Madras plague regulations in force outside the Presidency town - Volume 3
Disease focus: Plague
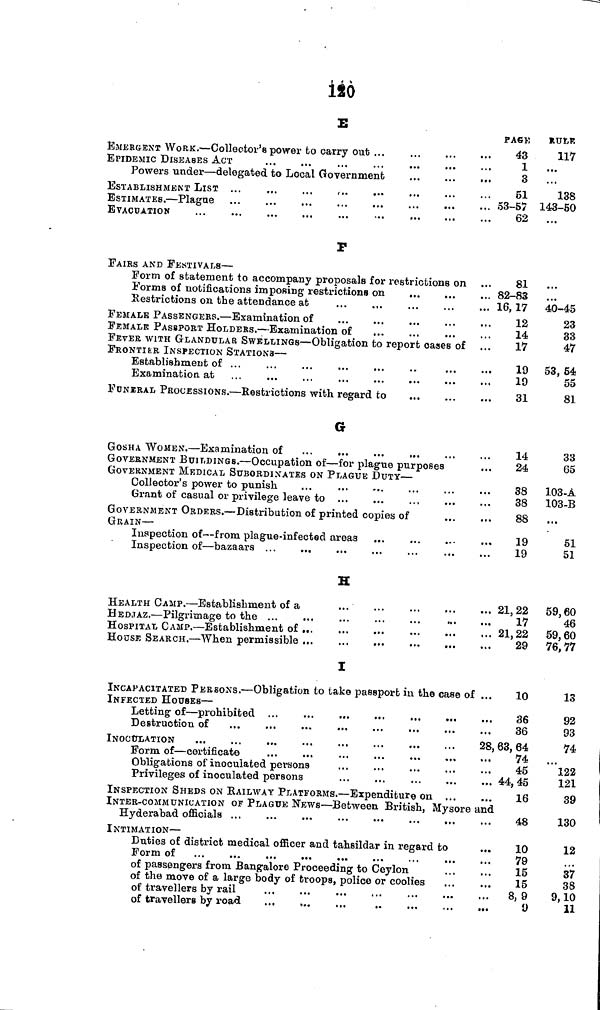
120
E
EMERGENT WORK. — Collector's power to carry out ...
EPIDEMIC DISEASES ACT
Powers under — delegated to Local Government
...
...
...
ESTABLISHMENT LIST
ESTIMATES. — Plague
EVACUATION
...
P
FAIRS AND FESTIVALS —
Form of statement to accompany proposals for restrictions on
Forms of notifications imposing restrictions on
Restrictions on the attendance at
FEMALE PASSENGERS. — Examination of
FEMALE PASSPORT HOLDEKS. — Examination of
FEVER WITH GLANDULAR SWELLINGS — Obligation to report oases of
FRONTIER INSPECTION STATIONS —
Establishment of ...
Examination at
FUNERAL PROCESSIONS. — Restrictions with regard to
,
G
GOSHA WOMEN. — Examination of
...
...
GOVERNMENT BUILDINGS. — Occupation of — for plague purposes
GOVERNMENT MEDICAL SUBORDINATES ON PLAGUE DUTY —
Collector's power to punish
Grant of casual or privilege leave to ...
GOVERNMENT ORDERS. — Distribution of printed copies of
GRAIN —
Inspection of— from plague-infected areas
Inspection of — bazaars ...
H
HEALTH CAMP. — Establishment of a
HEDJAZ. — Pilgrimage to the
HOSPITAL CAMP. — Establishment of
HOUSE SEARCH. — When permissible
I
INCAPACITATED PERSONS. — Obligation to take passport in the case of
INFECTED HOUSES —
Destruction of
INOCULATION
Form of — certificate
Obligations of inoculated persons
Privileges of inoculated persons
INSPECTION SHEPS ON KAILWAY PLATFORMS. — Expenditure on ...
PA6K
43
1
3
51
HULE
117
...
...
138
53-57 143-50
62
81
. 82-83
. 16,17
12
14
17
19
19
31
14
24
38
38
88
19
19
... 21,22
17
... 21,22
29
10
36
36
28, 63, 64
74
45
... 44,45
16
INTER-COMMUNICATION OF PLAGUE NEWS — Between British, Mysore and
Hyderabad officials
INTIMATION —
Duties of district medical officer and tahsildar in regard to
Form of
of passengers from Bangalore Proceeding to Ceylon
of the move of a large body of troops, police or coolies
of travellers by rail
of travellers by road
48
10
79
15
15
8, 9
y
...
...
40-45
23
33
47
53, 54
55
81
33
65
103-À
103-B
»•»
51
51
59,60
46
59,60
76,77
13
92
93
74
122
121
39
130
12
37
38
9,10
11